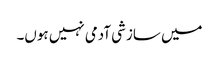
میں سازشی آدمی نہیں ہوں۔